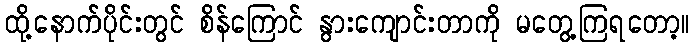
ထို့နောက်ပိုင်းတွင် စိန်ကြောင် နွားကျောင်းတာကို မတွေ့ကြရတော့။